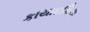
કાયાદકિય